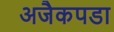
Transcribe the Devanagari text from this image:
अजैकपडा